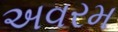
અવરમ